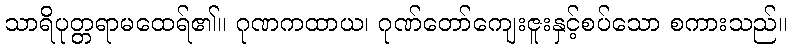
သာရိပုတ္တရာမထေရ်၏။ ဂုဏကထာယ၊ ဂုဏ်တော်ကျေးဇူးနှင့်စပ်သော စကားသည်။